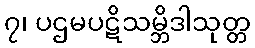
၇၊ ပဌမပဋိသမ္ဘိဒါသုတ္တ